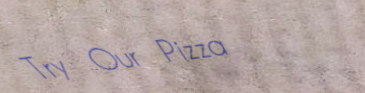
Try Our Pizza